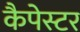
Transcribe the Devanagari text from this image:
कैपेस्टर